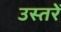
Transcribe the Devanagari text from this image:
उस्तरें